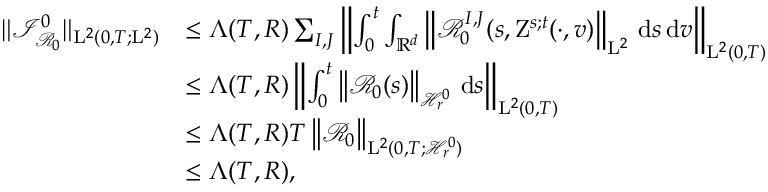
\begin{array} { r l } { \Vert \mathcal { I } _ { \mathcal { R } _ { 0 } } ^ { 0 } \Vert _ { \mathrm { L } ^ { 2 } ( 0 , T ; \mathrm { L } ^ { 2 } ) } } & { \leq \Lambda ( T , R ) \sum _ { I , J } \left\Vert \int _ { 0 } ^ { t } \int _ { \mathbb R ^ { d } } \left\Vert \mathcal { R } _ { 0 } ^ { I , J } ( s , \mathrm { Z } ^ { s ; t } ( \cdot , v ) \right\Vert _ { \mathrm { L } ^ { 2 } } \, \mathrm { d } s \, \mathrm { d } v \right\Vert _ { \mathrm { L } ^ { 2 } ( 0 , T ) } } \\ & { \leq \Lambda ( T , R ) \left\Vert \int _ { 0 } ^ { t } \left\Vert \mathcal { R } _ { 0 } ( s ) \right\Vert _ { \mathcal { H } _ { r } ^ { 0 } } \, \mathrm { d } s \right\Vert _ { \mathrm { L } ^ { 2 } ( 0 , T ) } } \\ & { \leq \Lambda ( T , R ) T \left\Vert \mathcal { R } _ { 0 } \right\Vert _ { \mathrm { L } ^ { 2 } ( 0 , T ; \mathcal { H } _ { r } ^ { 0 } ) } } \\ & { \leq \Lambda ( T , R ) , } \end{array}